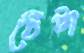
ঠেঁটা